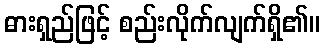
ဓားရှည်ဖြင့် စည်းလိုက်လျက်ရှိ၏။